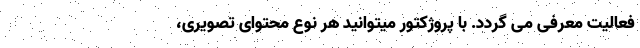
فعالیت معرفی می گردد. با پروژکتور میتوانید هر نوع محتوای تصویری،